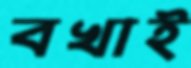
বখাই